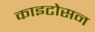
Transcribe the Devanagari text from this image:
काइटोसन